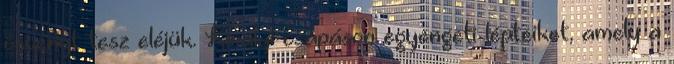
ösvényt tesz eléjük. Királyi csapáson egyengeti lépteiket, amely a